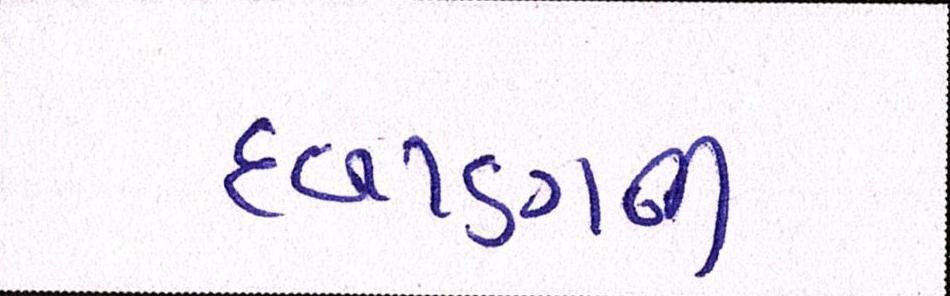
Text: દબાણની